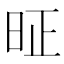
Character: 𰕸